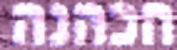
הכהנה